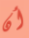
أن